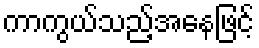
ကာကွယ်သည့်အနေဖြင့်